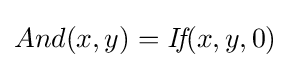
And(x,y)={\textit {If}}(x,y,0)